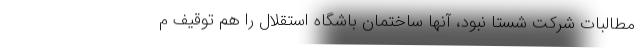
مطالبات شرکت شستا نبود، آنها ساختمان باشگاه استقلال را هم توقیف م